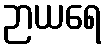
ဉာယရေ